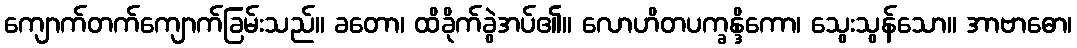
ကျောက်တက်ကျောက်ခြမ်းသည်။ ခတော၊ ထိခိုက်ခွဲအပ်၏။ လောဟိတပက္ခန္ဒိကော၊ သွေးသွန်သော။ အာဗာဓော၊